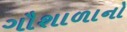
ગૌશાળાનો